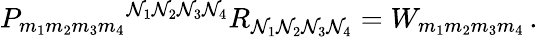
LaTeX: P_{m_{1}m_{2}m_{3}m_{4}}{}^{\mathcal{N}_{1}\mathcal{N}_{2}\mathcal{N}_{3}\mathcal{N}_{4}}R_{\mathcal{N}_{1}\mathcal{N}_{2}\mathcal{N}_{3}\mathcal{N}_{4}}=W_{m_{1}m_{2}m_{3}m_{4}}\, .